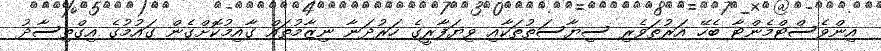
އިންވެސްޓްމެންޓާ ބެހޭ އަރުތަވެރި ސިޔާސަތުތަކާއި ވިޔަފާރީގެ ހަރުދަނާ ނިޒާމުތައް ގާއިމުކޮށްގެން ގައުމުގެ އިގްތިސާދު